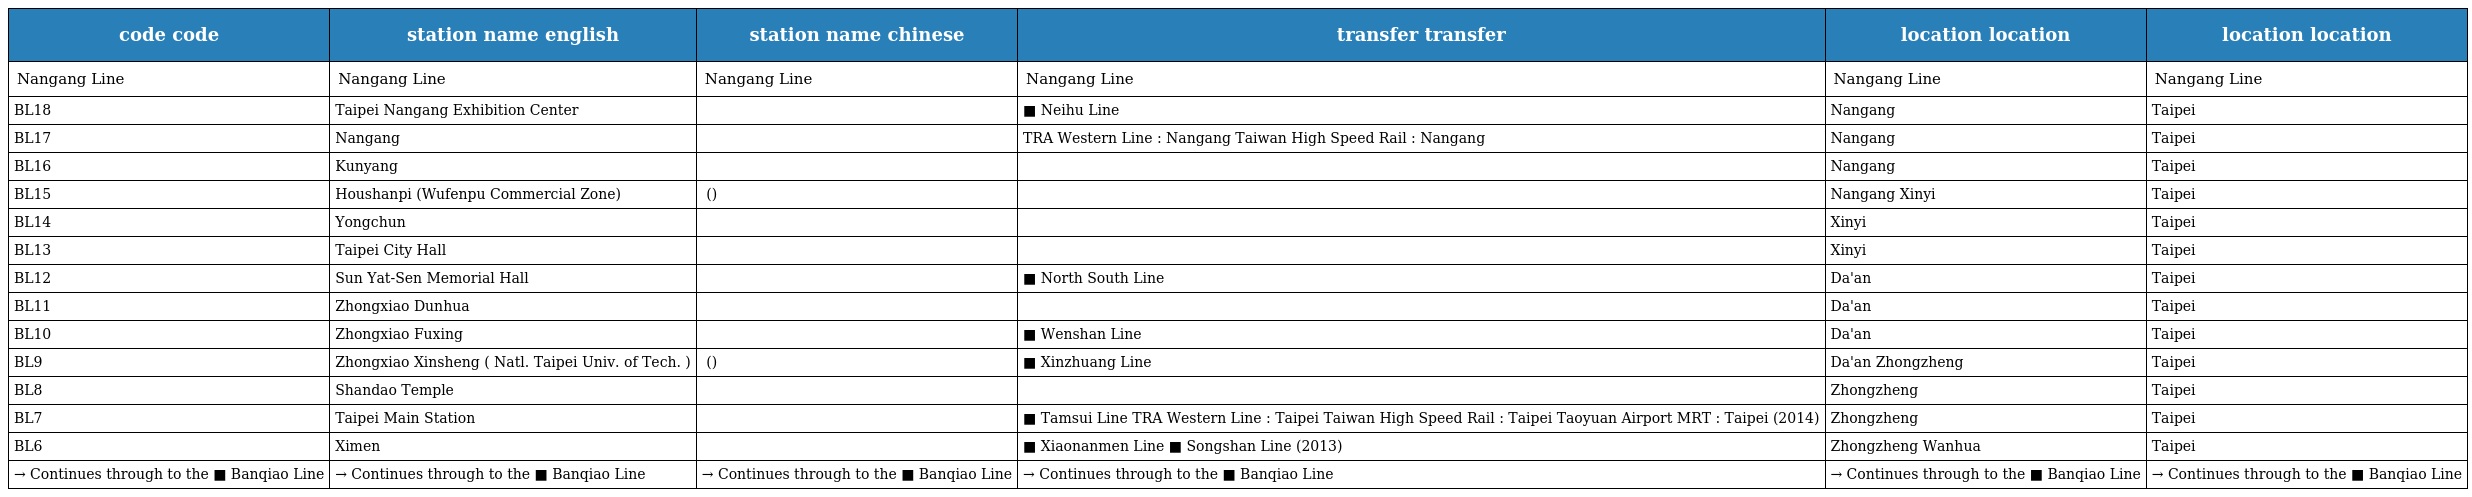
| code code | station name english | station name chinese | transfer transfer | location location | location location |
 | --- | --- | --- | --- | --- | --- |
 | Nangang Line | Nangang Line | Nangang Line | Nangang Line | Nangang Line | Nangang Line |
 | BL18 | Taipei Nangang Exhibition Center | 南港展覽館 | ■ Neihu Line | Nangang | Taipei |
 | BL17 | Nangang | 南港 | TRA Western Line : Nangang Taiwan High Speed Rail : Nangang | Nangang | Taipei |
 | BL16 | Kunyang | 昆陽 |  | Nangang | Taipei |
 | BL15 | Houshanpi (Wufenpu Commercial Zone) | 後山埤 (五分埔商圈) |  | Nangang Xinyi | Taipei |
 | BL14 | Yongchun | 永春 |  | Xinyi | Taipei |
 | BL13 | Taipei City Hall | 市政府 |  | Xinyi | Taipei |
 | BL12 | Sun Yat-Sen Memorial Hall | 國父紀念館 | ■ North South Line | Da'an | Taipei |
 | BL11 | Zhongxiao Dunhua | 忠孝敦化 |  | Da'an | Taipei |
 | BL10 | Zhongxiao Fuxing | 忠孝復興 | ■ Wenshan Line | Da'an | Taipei |
 | BL9 | Zhongxiao Xinsheng ( Natl. Taipei Univ. of Tech. ) | 忠孝新生 (台北科大) | ■ Xinzhuang Line | Da'an Zhongzheng | Taipei |
 | BL8 | Shandao Temple | 善導寺 |  | Zhongzheng | Taipei |
 | BL7 | Taipei Main Station | 台北車站 | ■ Tamsui Line TRA Western Line : Taipei Taiwan High Speed Rail : Taipei Taoyuan Airport MRT : Taipei (2014) | Zhongzheng | Taipei |
 | BL6 | Ximen | 西門 | ■ Xiaonanmen Line ■ Songshan Line (2013) | Zhongzheng Wanhua | Taipei |
 | → Continues through to the ■ Banqiao Line | → Continues through to the ■ Banqiao Line | → Continues through to the ■ Banqiao Line | → Continues through to the ■ Banqiao Line | → Continues through to the ■ Banqiao Line | → Continues through to the ■ Banqiao Line |